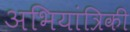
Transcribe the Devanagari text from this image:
अभियांत्रिकी